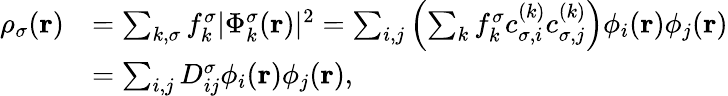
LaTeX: \begin{array}{rl}{\rho_{\sigma}({\mathbf r})}&{=\sum_{k,\sigma}f_{k}^{\sigma}\vert\Phi_{k}^{\sigma}({\mathbf r})\vert^{2}=\sum_{i,j}\left(\sum_{k}f_{k}^{\sigma}c_{\sigma,i}^{(k)}c_{\sigma,j}^{(k)}\right)\phi_{i}({\mathbf r})\phi_{j}({\mathbf r})}\\ &{=\sum_{i,j}D_{ij}^{\sigma}\phi_{i}({\mathbf r})\phi_{j}({\mathbf r}),}\end{array}